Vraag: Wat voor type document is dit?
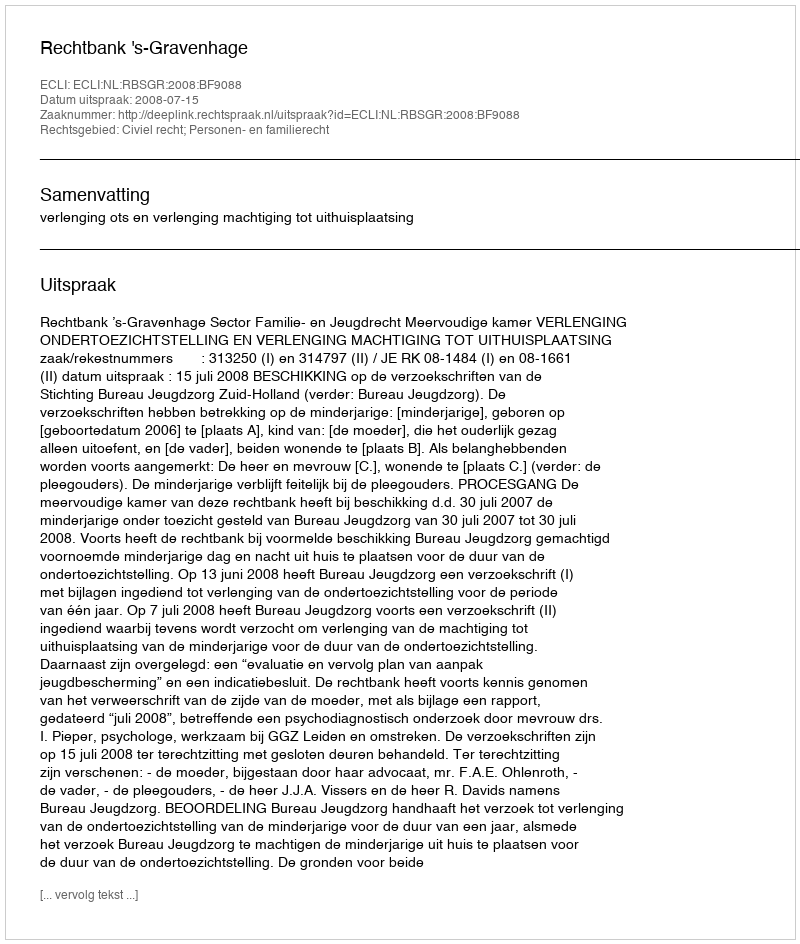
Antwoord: Uitspraak